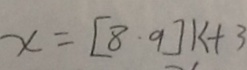
x = [ 8 \cdot 9 ] k + 3